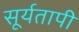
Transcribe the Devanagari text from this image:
सूर्यतापी